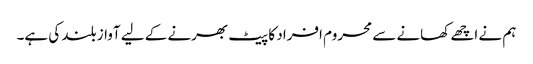
ہم نے اچھے کھانے سے محروم افراد کا پیٹ بھرنے کے لیے آواز بلند کی ہے۔